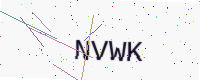
Text: NVWK